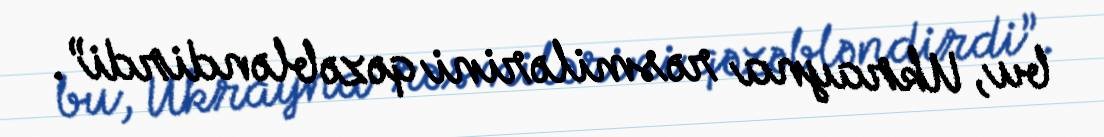
bu, Ukrayna rəsmilərini qəzəbləndirdi”.